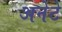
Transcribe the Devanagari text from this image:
अनेटे